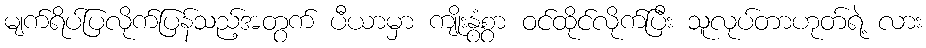
မျက်ရိပ်ပြလိုက်ပြန်သည့်အတွက် ပီယာမှာ ကျိုးနွံစွာ ဝင်ထိုင်လိုက်ပြီး သူလုပ်တာဟုတ်ရဲ့ လား